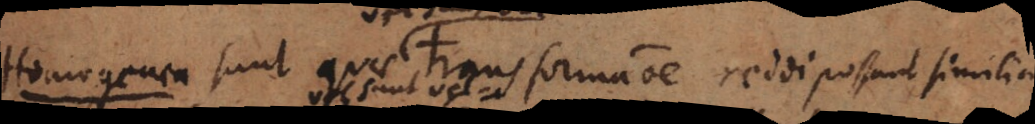
Homogenea sunt quae transformatione reddi possunt similia